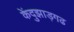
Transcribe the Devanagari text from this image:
केंदुझाड़गढ